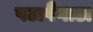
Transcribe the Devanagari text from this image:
पटापैगाडा